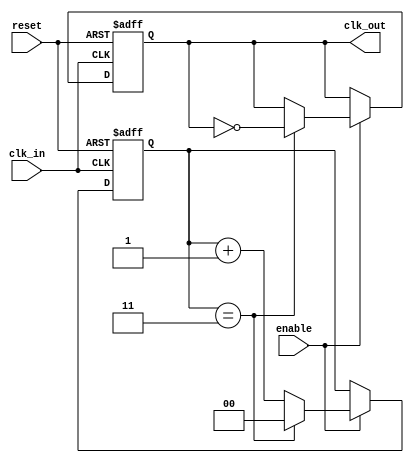
module clock_divider #(
    parameter DIV_FACTOR = 4
)(
    input wire clk_in,       // Input clock signal
    input wire reset,        // Asynchronous reset
    input wire enable,       // Enable signal
    output reg clk_out       // Divided output clock signal
);

    // Internal signals
    reg [$clog2(DIV_FACTOR)-1:0] counter; // Counter to track input clock cycles

    // Always block for clock division
    always @(posedge clk_in or posedge reset) begin
        if (reset) begin
            counter <= 0;      // Reset counter
            clk_out <= 0;      // Reset output clock
        end else if (enable) begin
            if (counter == DIV_FACTOR - 1) begin
                clk_out <= ~clk_out; // Toggle output clock
                counter <= 0;         // Reset counter
            end else begin
                counter <= counter + 1; // Increment counter
            end
        end
    end

endmodule